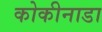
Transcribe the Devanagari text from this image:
कोकीनाडा